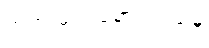
တရားမဝင်ရောင်းဝယ်မှု